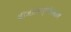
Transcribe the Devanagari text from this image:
वीजप्रकल्पांप्रमाणे